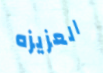
العزيزه